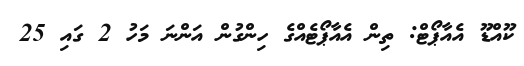
ކޫއްޑޫ އެއާޕޯޓް: ތިން އެއާޕޯޓެއްގެ ހިންގުން އަންނަ މަހު 2 ގައި 25